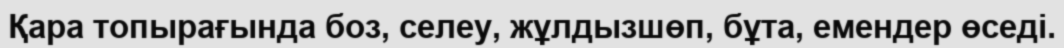
Қара топырағында боз, селеу, жұлдызшөп, бұта, емендер өседі.